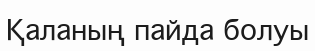
Қаланың пайда болуы